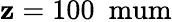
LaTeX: \mathbf{z}=\mathrm{{100\ \ mum}}